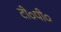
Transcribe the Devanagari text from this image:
टी०पी०